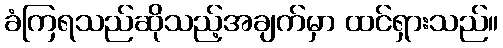
ခံကြရသည်ဆိုသည့်အချက်မှာ ထင်ရှားသည်။